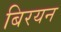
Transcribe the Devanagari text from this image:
बिरयन